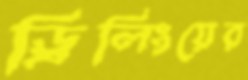
ড্রিলিংয়ের